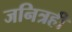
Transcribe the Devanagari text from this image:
जनित्रही